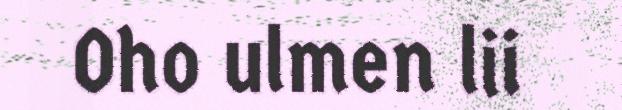
Oho ulmen lii